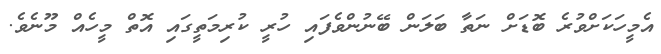
އެމީހަކަށްވުރެ ބޮޑަށް ނަތާ ބަލަން ބޭނުންވެފައި ހުރީ ކުރިމަތީގައި އޮތް މީހެއް މޫނެވެ.